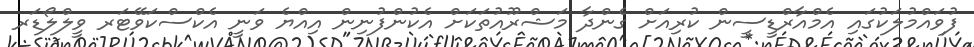
ފުވައްމުލަކުގައި އެމްއާރްޑީސީން ކުރިއަށް ގެންދާ މަޝްރޫއުތަކަށް އެކުންފުނިން އިއްޔެ ވަނީ އެކްސްކަވޭޓަރ ވީލްލޯޑަރ